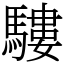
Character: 䮫